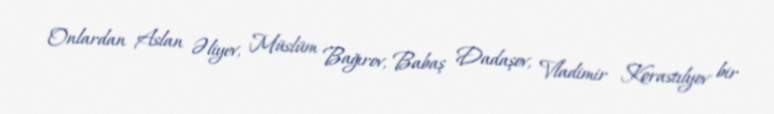
Onlardan Aslan Əliyev, Müslüm Bağırov, Babaş Dadaşov, Vladimir Korastılyov bir